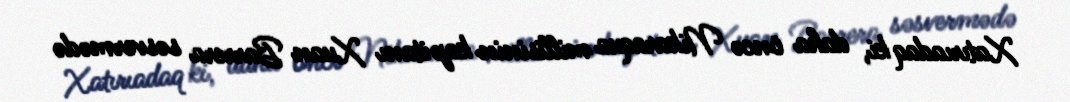
Xatırıadaq ki, daha öncə Nikaraqua millisinin kapitanı Xuan Barrera səsvermədə